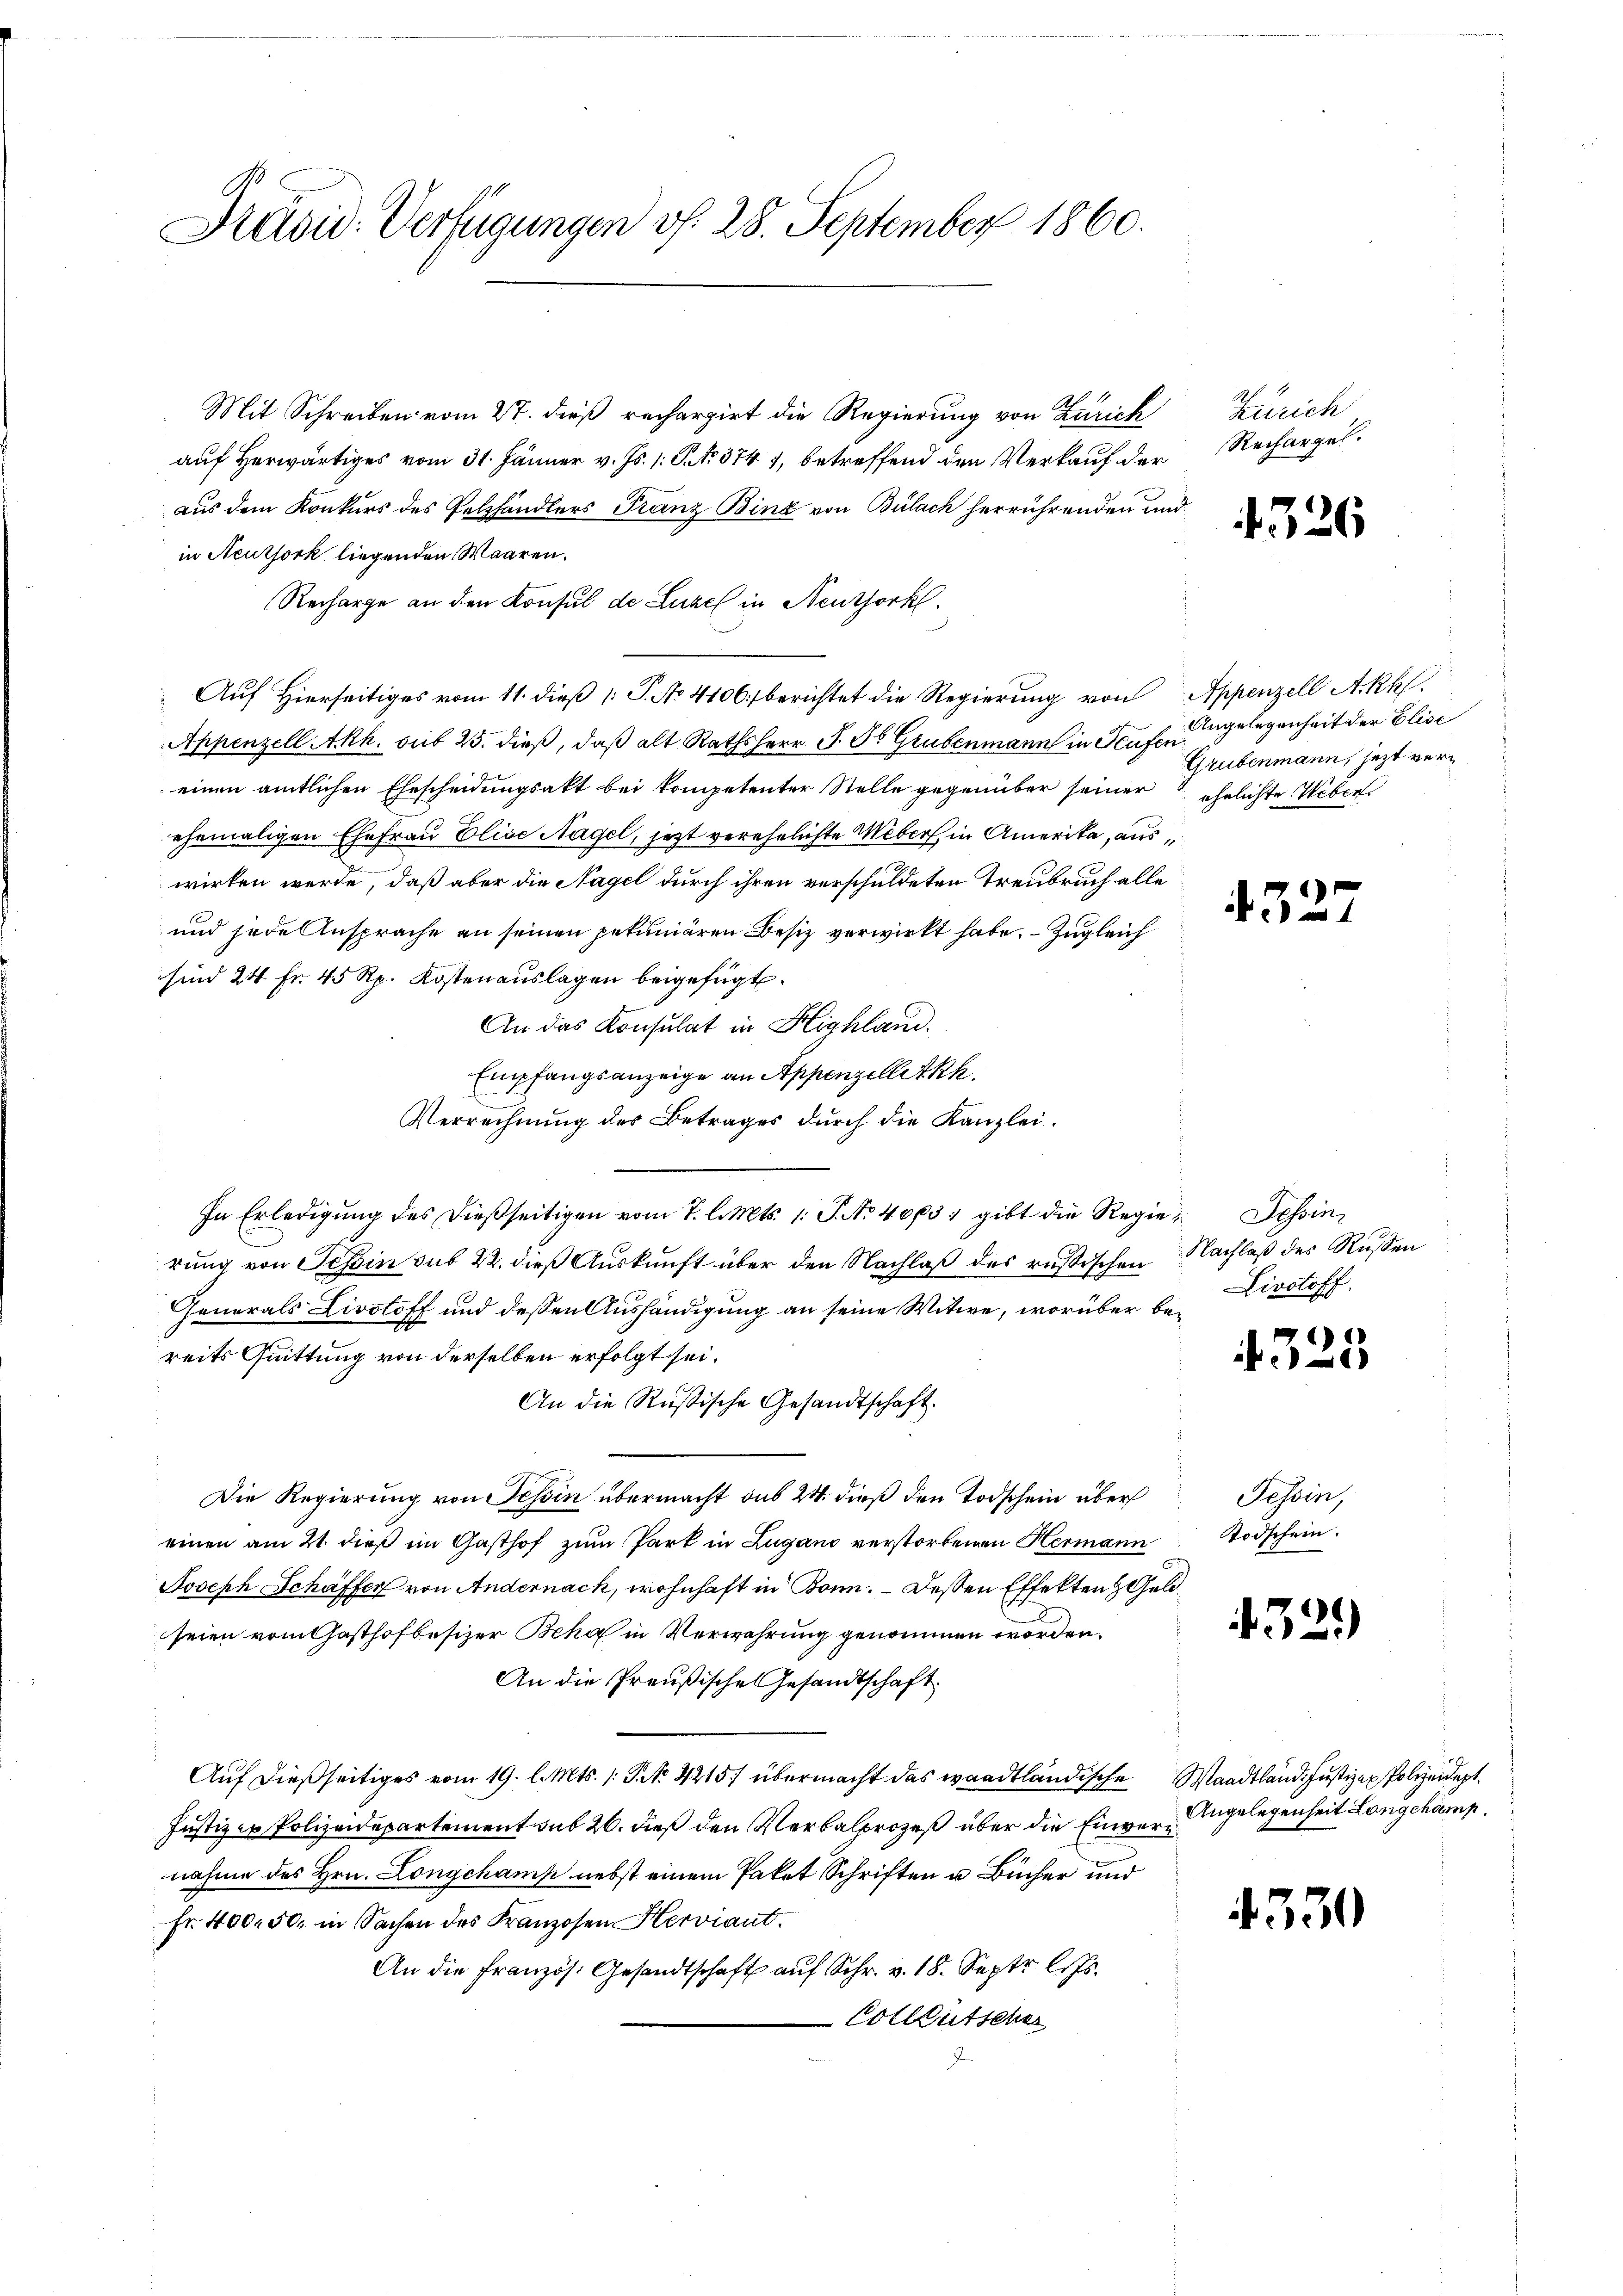
Präsid. Verfügungen v. 28. September 1860.

Mit Schreiben vom 27. dieß rechargirt die Regierung von Zürich
auf herwärtiges vom 31. Jänner v. Js. 1. P. No. 374), betreffend den Verkauf der
aus dem Konkurs des Pelzhändlers Franz Binz von Bülach herrührenden und
in Neuthork liegenden Waaren.
Recharge an den Konsul de Luzel in Neuthork
Auf Hierseitiges vom 11. dieß P. No 4106) berichtet die Regierung von Appenzell Akk
Appenzell Akh. sub 25. dieß, daß alt Rathsherr J. ds Grubenmann in Teufen
einen amtlichen Ehescheidungsakt bei kompetenter Stelle gegenüber seiner ehelichte Ueberehemaligen Ehefrau Elise Nagel, jetzt verehelichte Weber, in Amerika, auswirken werde, daß aber die Nagel durch ihren verschuldeten Treubruch alle
und jede Ansprache an seinen petuniären Besiz verwirkt habe. – Zugleich
sind 24 Fr. 45 Rp. Kostenauslagen beigefügt.
An das Konsulat in Highland.
Empfangsanzeige an Appenzellitkk.
Verrechnung des Betrages durch die Kanzlei.
In Erledigung des dießseitigen vom 7. l. Mts. 1. P. No 4063, gibt die Regie- Tessin,
rung von Tessin sub 22. dieß Auskunft über den Nachlaß des russischen Nachlaß des Russen
Generals Livotoff und dessen Aushändigung an seine Witwe, worüber bereits Quittung von derselben erfolgt sei.
An die Rußische Gesandtschaft.
Die Regierung von Tessin übermacht sub 24 dieß den Todschein über
einen am 21. dieß im Gasthof zum Park in Lugano verstorbenen Hermann
Joseph Schäffer von Andernach, wohnhaft in Bonn. Deßen Effekten Geld
seien vom Gasthofbesizer Beha in Verwahrung genommen worden.
An die Preußische Gesandtschaft
Auf dießseitiges vom 19. l. Mts. 1. No. 4215) übermacht das waadtländische Waadtländ. Justizen Polizeidept.
Justiz - Polizeidepartement sub 26. dieß den Verbalprozeß über die Einvernahme des Hrn. Longchamp nebst einem Paket Schriften u. Bücher und
Fr. 400. 50. in Sachen des Franzosen Herviant.
An die Französ. Gesandtschaft auf Schr. v. 18. Septr. l. Js.
Colleutsche

Zürich
Rechargel

4326

Angelegenheit der Elise
Grubenmann, jezt ver¬

13.

Livotoff.

i

s
)

Tessin,
Todschein.

432.)

Angelegenheit Longchamp

4330